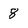
Character: 8